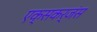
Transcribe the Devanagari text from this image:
एक्सकर्जंस